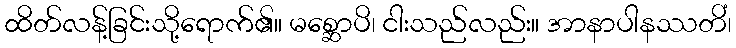
ထိတ်လန့်ခြင်းသို့ရောက်၏။ မစ္ဆောပိ၊ ငါးသည်လည်း။ အာနာပါနဿတိံ၊